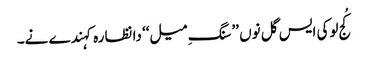
کُج لوکی ایس گل نوں ’’سنگِ میل‘‘ دا نظارہ کہندے نے۔